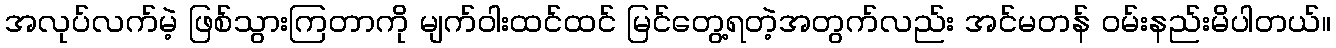
အလုပ်လက်မဲ့ ဖြစ်သွားကြတာကို မျက်ဝါးထင်ထင် မြင်တွေ့ရတဲ့အတွက်လည်း အင်မတန် ဝမ်းနည်းမိပါတယ်။